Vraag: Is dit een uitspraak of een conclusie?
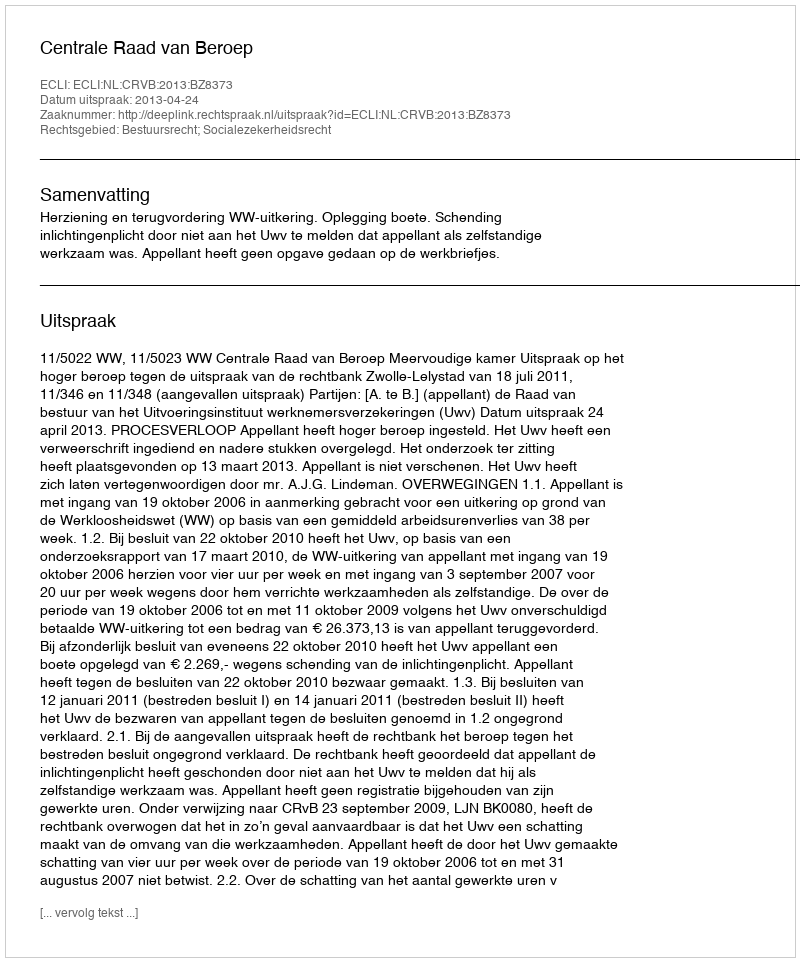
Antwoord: Uitspraak